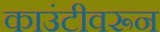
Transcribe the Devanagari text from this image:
काउंटीवरून